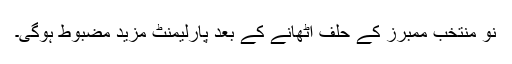
نو منتخب ممبرز کے حلف اٹھانے کے بعد پارلیمنٹ مزید مضبوط ہوگی۔